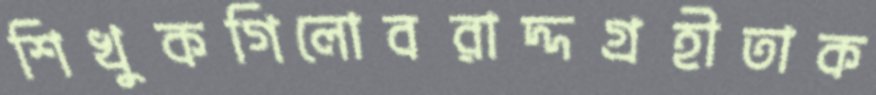
শিখুকগিলোবরাদ্দগ্রহীতাক